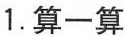
1.算一算